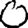
Digit: 0